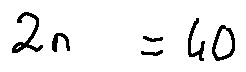
2 n = 4 0